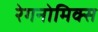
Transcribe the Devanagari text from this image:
रेगनोमिक्स